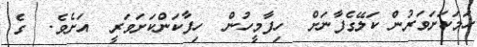
ހަމަކަށަވަރުން ކަލޭގެފާނަށް  ހިފާމީހުން  ހިފާކަންކަށަވަރީ  އަށެވެ.  ގެ